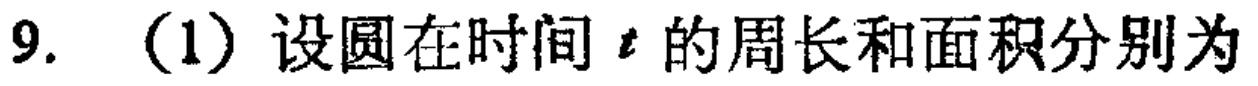
9. （1）设圆在时间 \(t\) 的周长和面积分别为